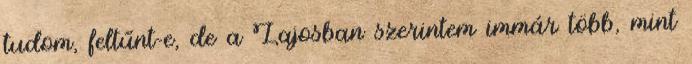
tudom, feltűnt-e, de a Lajosban szerintem immár több, mint